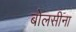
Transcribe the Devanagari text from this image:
बोलसीना